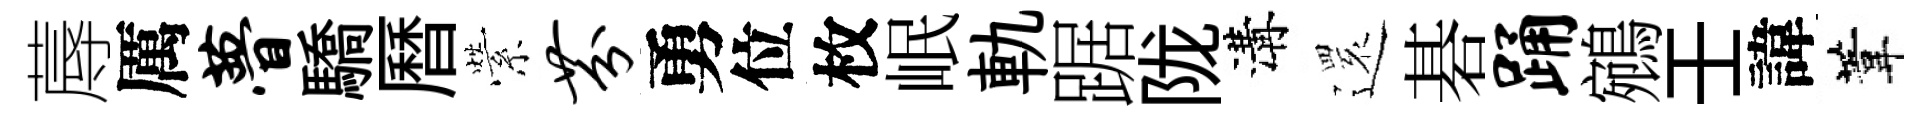
蓐厲瞢驕曆縈芬勇位枚岷軌踞陇溝𮟃碁踊鵷壬諱葦